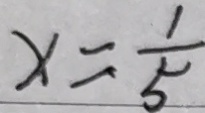
x = \frac { 1 } { 5 }